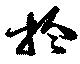
拾